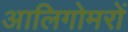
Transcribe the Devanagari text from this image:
आलिगोमरों